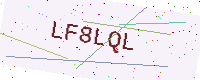
Text: LF8LQL